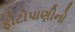
ફોટોપાણીનો